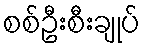
စစ်ဦးစီးချုပ်